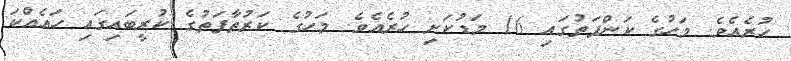
ހުރެއެވެ. މަހުގެ ކަންފަތުގައި 16 މަޑުކަށި ހުރެއެވެ. މަހުގެ ކަރުތާފަތުގެ ކުރީބައިގައި ހައެއްކަ